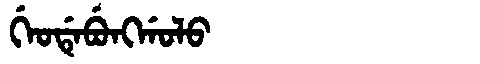
Manchu: ᡤᡝᠣᡩᡝᠪᡠᠩᡤᠣᠯᠣ
Romanization: GEODEBUNGGOLO